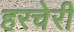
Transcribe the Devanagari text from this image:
हरचेरी